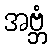
အဗ္ဘံ